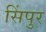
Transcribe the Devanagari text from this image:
सिंपुर